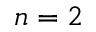
n = 2